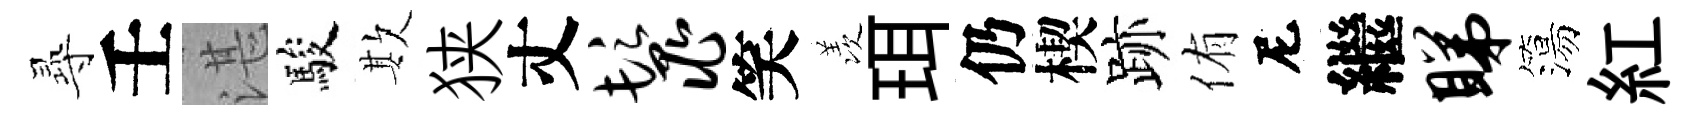
𡬶壬湛駿欺狭丈鬣笑羡珥仍楔跡侑尼繼睇簜紅